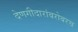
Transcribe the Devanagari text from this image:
देणगीदारांबरोबरच